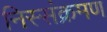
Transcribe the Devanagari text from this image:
निस्संक्रमण